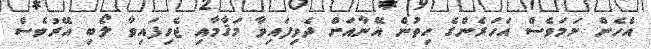
އެހެން ނަމަވެސް އަހަރެންގެ ހިތުން އޭނާއަށް ދެވިފައިވާ މަޤާމާއި ޖެހިފައިވާ ލޯބި އޭރުވެސް